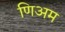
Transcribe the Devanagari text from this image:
णिअम